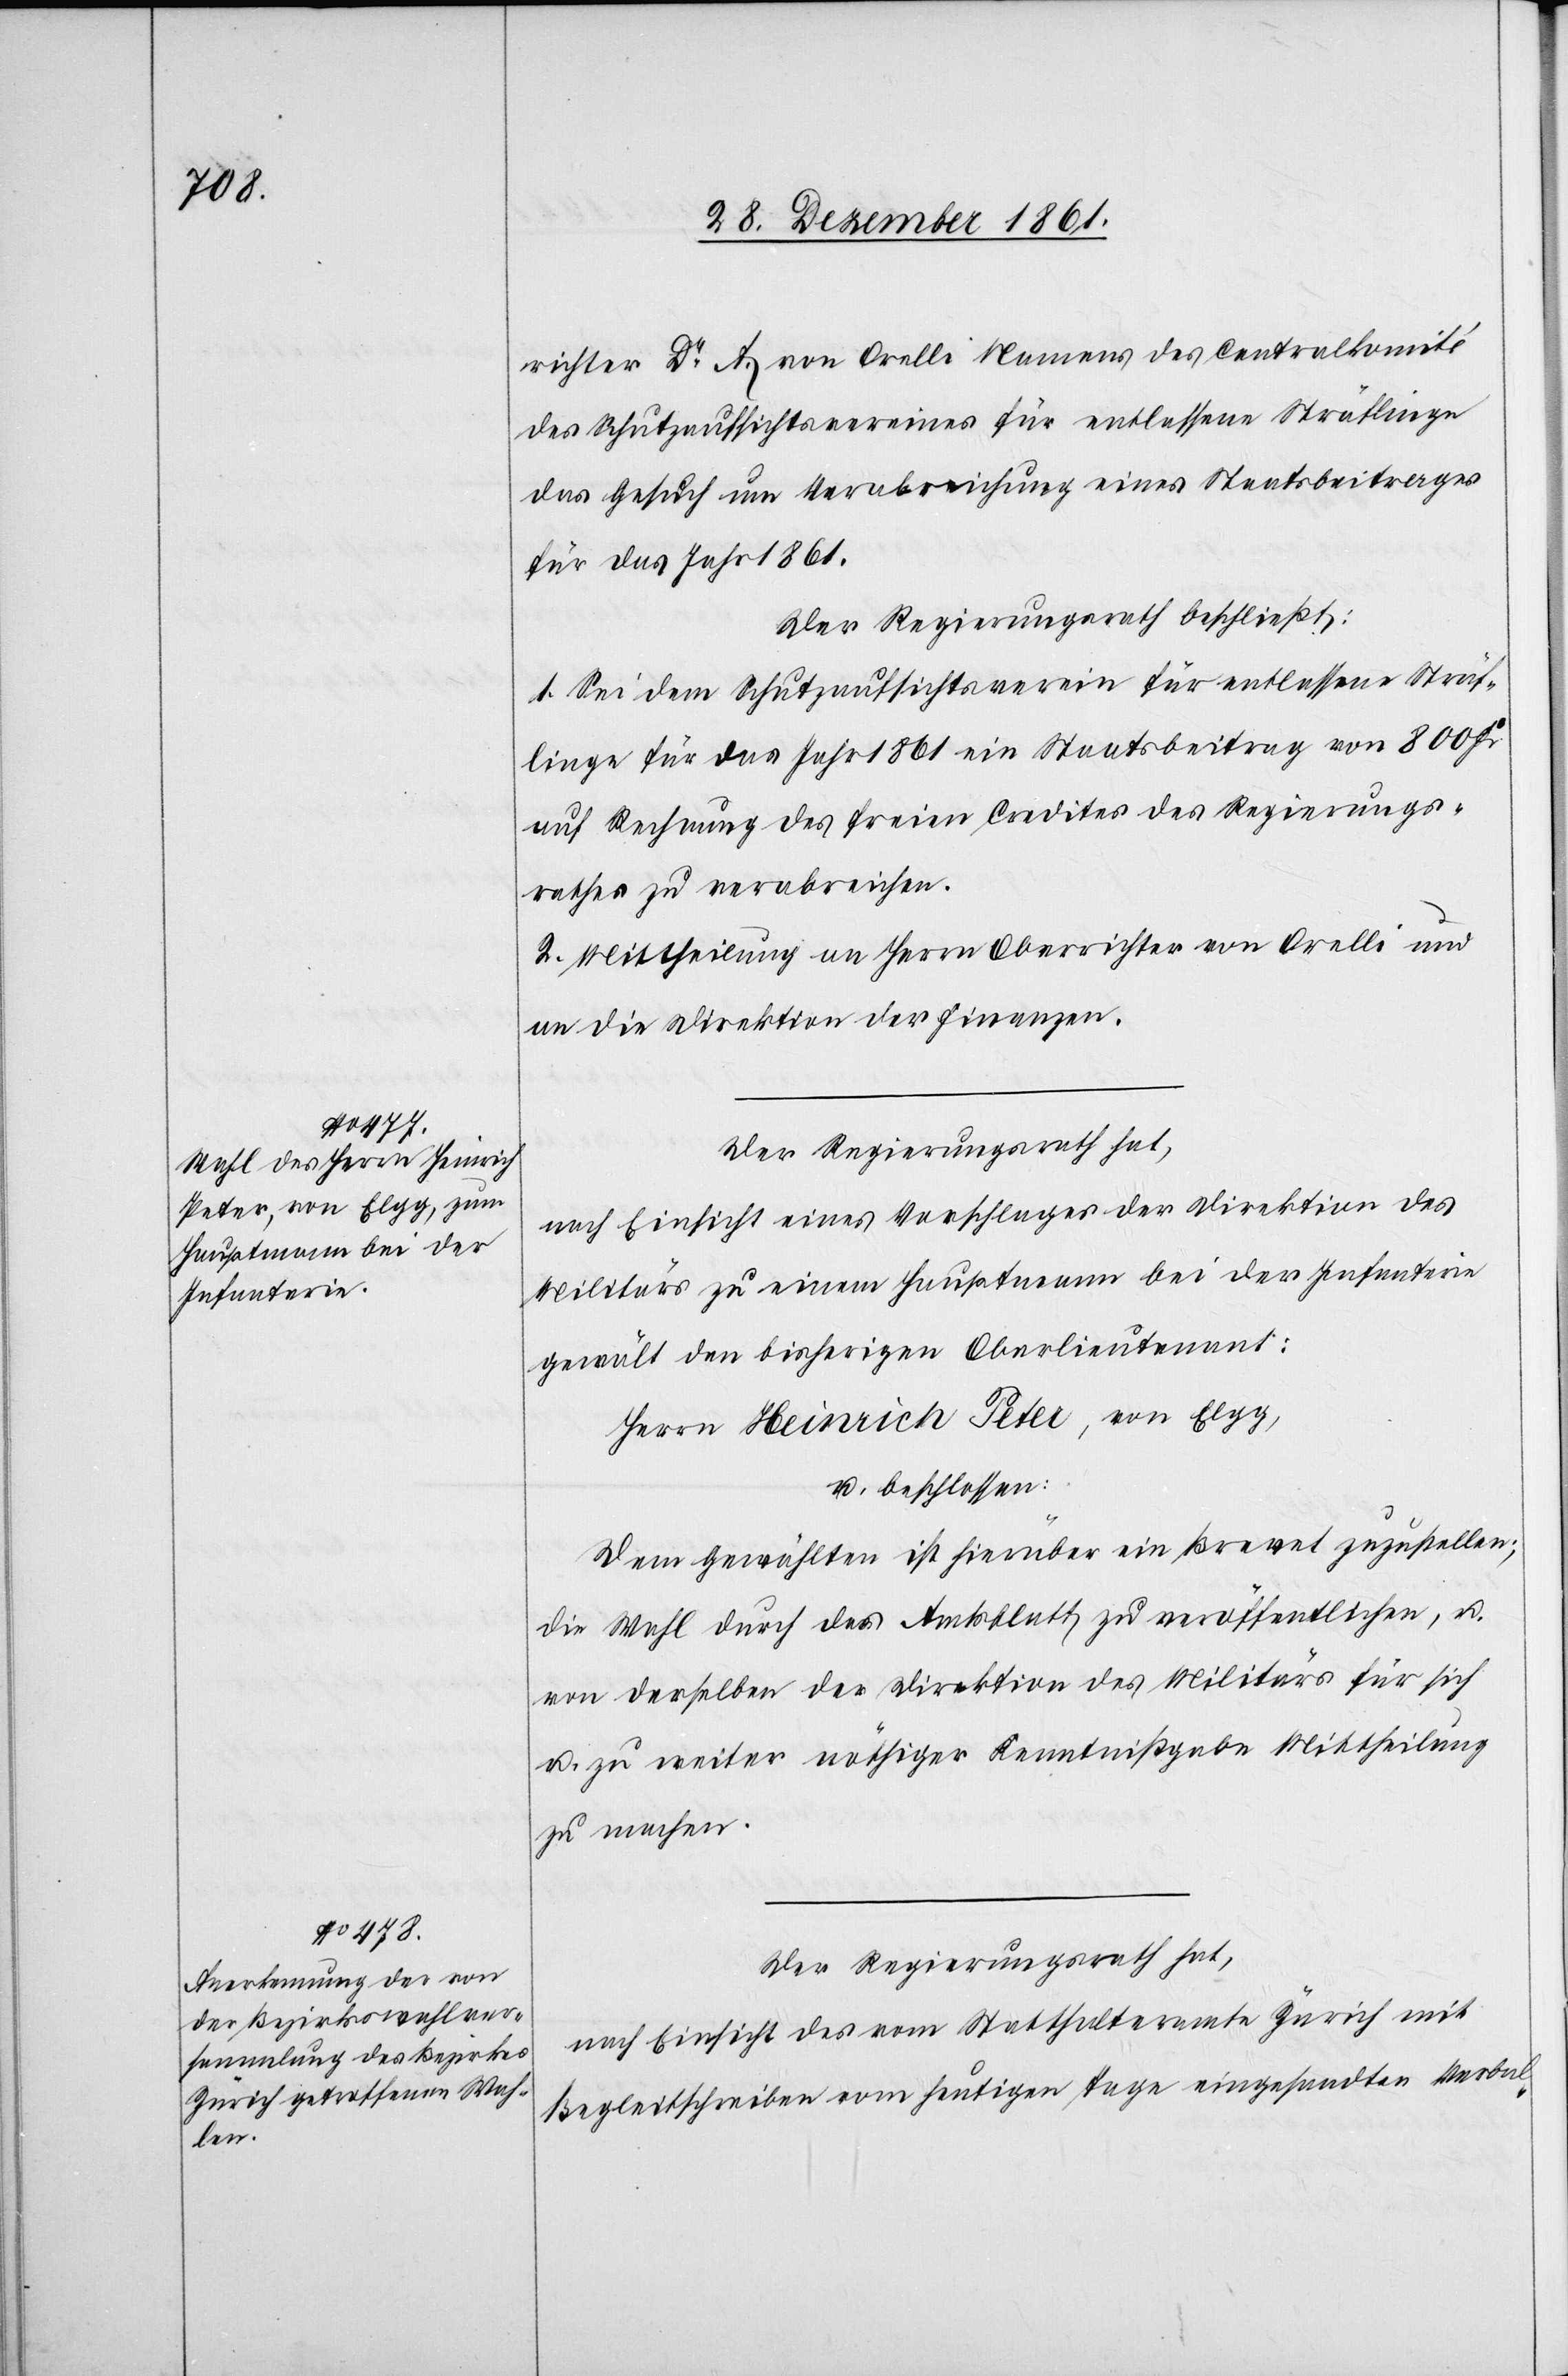
richter Dr. A. von Orelli Namens des Centralkomité
des Schutzaufsichtsvereines für entlassene Sträflinge
das Gesuch um Verabreichung eines Staatsbeitrages
für das Jahr 1861.
Der Regierungsrath beschließt:
1. Sei dem Schutzaufsichtsverein für entlassene Sträf¬
linge für das Jahr 1861 ein Staatsbeitrag von 800 Fr
auf Rechnung des freien Credites des Regierungs¬
rathes zu verabreichen.
2. Mittheilung an Herrn Oberrichter von Orelli und
an die Direktion der Finanzen.
Der Regierungsrath hat,
nach Einsicht eines Vorschlages der Direktion des
Militärs zu einem Hauptmann bei der Infanterie
gewält den bisherigen Oberlieutnant:
Herrn Heinrich Peter, von Elgg,
u. beschlossen:
Dem Gewählten ist hierüber ein Brevet zuzustellen;
die Wahl durch das Amtsblatt zu veröffentlichen, u.
von derselben der Direktion des Militärs für sich
u. zu weiter nöthiger Kenntnißgabe Mittheilung
zu machen.
Der Regierungsrath hat,
nach Einsicht des vom Statthalteramte Zürich mit
Begleitschreiben vom heutigen Tage eingesandten Verbal-